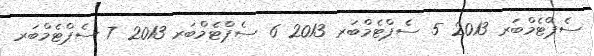
ސެޕްޓެމްބަރ 2013 5 ސެޕްޓެމްބަރ 2013 6 ސެޕްޓެމްބަރ 2013 7 ސެޕްޓެމްބަރ